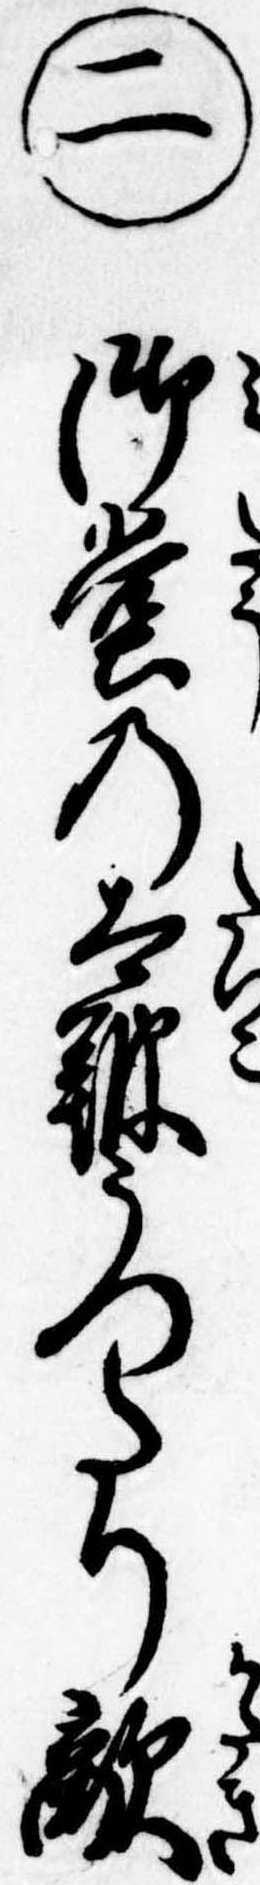
㊁御堂の太鼓うつたり敵